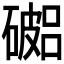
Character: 𥖓